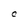
Character: C